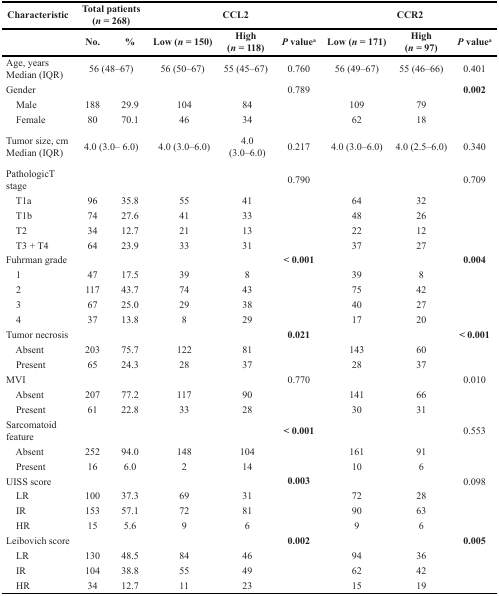
<table><thead><tr><td><b>Characteristic</b></td><td colspan="2"><b>Total patients (<i>n</i> = 268)</b></td><td colspan="3"><b>CCL2</b></td><td colspan="3"><b>CCR2</b></td></tr><tr><td></td><td><b>No.</b></td><td><b>%</b></td><td><b>Low (<i>n</i> = 150)</b></td><td><b>High (<i>n</i> = 118)</b></td><td><b><i>P</i> value<sup>a</sup></b></td><td><b>Low (<i>n</i> = 171)</b></td><td><b>High (<i>n</i> = 97)</b></td><td><b><i>P</i> value<sup>a</sup></b></td></tr></thead><tbody><tr><td>Age, years Median (IQR)</td><td colspan="2">56 (48–67)</td><td>56 (50–67)</td><td>55 (45–67)</td><td>0.760</td><td>56 (49–67)</td><td>55 (46–66)</td><td>0.401</td></tr><tr><td>Gender</td><td></td><td></td><td></td><td></td><td>0.789</td><td></td><td></td><td><b>0.002</b></td></tr><tr><td> Male</td><td>188</td><td>29.9</td><td>104</td><td>84</td><td></td><td>109</td><td>79</td><td></td></tr><tr><td> Female</td><td>80</td><td>70.1</td><td>46</td><td>34</td><td></td><td>62</td><td>18</td><td></td></tr><tr><td>Tumor size, cm Median (IQR)</td><td colspan="2">4.0 (3.0– 6.0)</td><td>4.0 (3.0–6.0)</td><td>4.0 (3.0–6.0)</td><td>0.217</td><td>4.0 (3.0–6.0)</td><td>4.0 (2.5–6.0)</td><td>0.340</td></tr><tr><td>PathologicT stage</td><td></td><td></td><td></td><td></td><td>0.790</td><td></td><td></td><td>0.709</td></tr><tr><td> T1a</td><td>96</td><td>35.8</td><td>55</td><td>41</td><td></td><td>64</td><td>32</td><td></td></tr><tr><td> T1b</td><td>74</td><td>27.6</td><td>41</td><td>33</td><td></td><td>48</td><td>26</td><td></td></tr><tr><td> T2</td><td>34</td><td>12.7</td><td>21</td><td>13</td><td></td><td>22</td><td>12</td><td></td></tr><tr><td> T3 + T4</td><td>64</td><td>23.9</td><td>33</td><td>31</td><td></td><td>37</td><td>27</td><td></td></tr><tr><td>Fuhrman grade</td><td></td><td></td><td></td><td></td><td><b>&lt; 0.001</b></td><td></td><td></td><td><b>0.004</b></td></tr><tr><td> 1</td><td>47</td><td>17.5</td><td>39</td><td>8</td><td></td><td>39</td><td>8</td><td></td></tr><tr><td> 2</td><td>117</td><td>43.7</td><td>74</td><td>43</td><td></td><td>75</td><td>42</td><td></td></tr><tr><td> 3</td><td>67</td><td>25.0</td><td>29</td><td>38</td><td></td><td>40</td><td>27</td><td></td></tr><tr><td> 4</td><td>37</td><td>13.8</td><td>8</td><td>29</td><td></td><td>17</td><td>20</td><td></td></tr><tr><td>Tumor necrosis</td><td></td><td></td><td></td><td></td><td><b>0.021</b></td><td></td><td></td><td><b>&lt; 0.001</b></td></tr><tr><td> Absent</td><td>203</td><td>75.7</td><td>122</td><td>81</td><td></td><td>143</td><td>60</td><td></td></tr><tr><td> Present</td><td>65</td><td>24.3</td><td>28</td><td>37</td><td></td><td>28</td><td>37</td><td></td></tr><tr><td>MVI</td><td></td><td></td><td></td><td></td><td>0.770</td><td></td><td></td><td>0.010</td></tr><tr><td> Absent</td><td>207</td><td>77.2</td><td>117</td><td>90</td><td></td><td>141</td><td>66</td><td></td></tr><tr><td> Present</td><td>61</td><td>22.8</td><td>33</td><td>28</td><td></td><td>30</td><td>31</td><td></td></tr><tr><td>Sarcomatoid feature</td><td></td><td></td><td></td><td></td><td><b>&lt; 0.001</b></td><td></td><td></td><td>0.553</td></tr><tr><td> Absent</td><td>252</td><td>94.0</td><td>148</td><td>104</td><td></td><td>161</td><td>91</td><td></td></tr><tr><td> Present</td><td>16</td><td>6.0</td><td>2</td><td>14</td><td></td><td>10</td><td>6</td><td></td></tr><tr><td>UISS score</td><td></td><td></td><td></td><td></td><td><b>0.003</b></td><td></td><td></td><td>0.098</td></tr><tr><td> LR</td><td>100</td><td>37.3</td><td>69</td><td>31</td><td></td><td>72</td><td>28</td><td></td></tr><tr><td> IR</td><td>153</td><td>57.1</td><td>72</td><td>81</td><td></td><td>90</td><td>63</td><td></td></tr><tr><td> HR</td><td>15</td><td>5.6</td><td>9</td><td>6</td><td></td><td>9</td><td>6</td><td></td></tr><tr><td>Leibovich score</td><td></td><td></td><td></td><td></td><td><b>0.002</b></td><td></td><td></td><td><b>0.005</b></td></tr><tr><td> LR</td><td>130</td><td>48.5</td><td>84</td><td>46</td><td></td><td>94</td><td>36</td><td></td></tr><tr><td> IR</td><td>104</td><td>38.8</td><td>55</td><td>49</td><td></td><td>62</td><td>42</td><td></td></tr><tr><td> HR</td><td>34</td><td>12.7</td><td>11</td><td>23</td><td></td><td>15</td><td>19</td><td></td></tr></tbody></table>